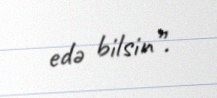
edə bilsin”.